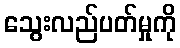
သွေးလည်ပတ်မှုကို